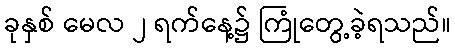
ခုနှစ် မေလ ၂ ရက်နေ့၌ ကြုံတွေ့ခဲ့ရသည်။